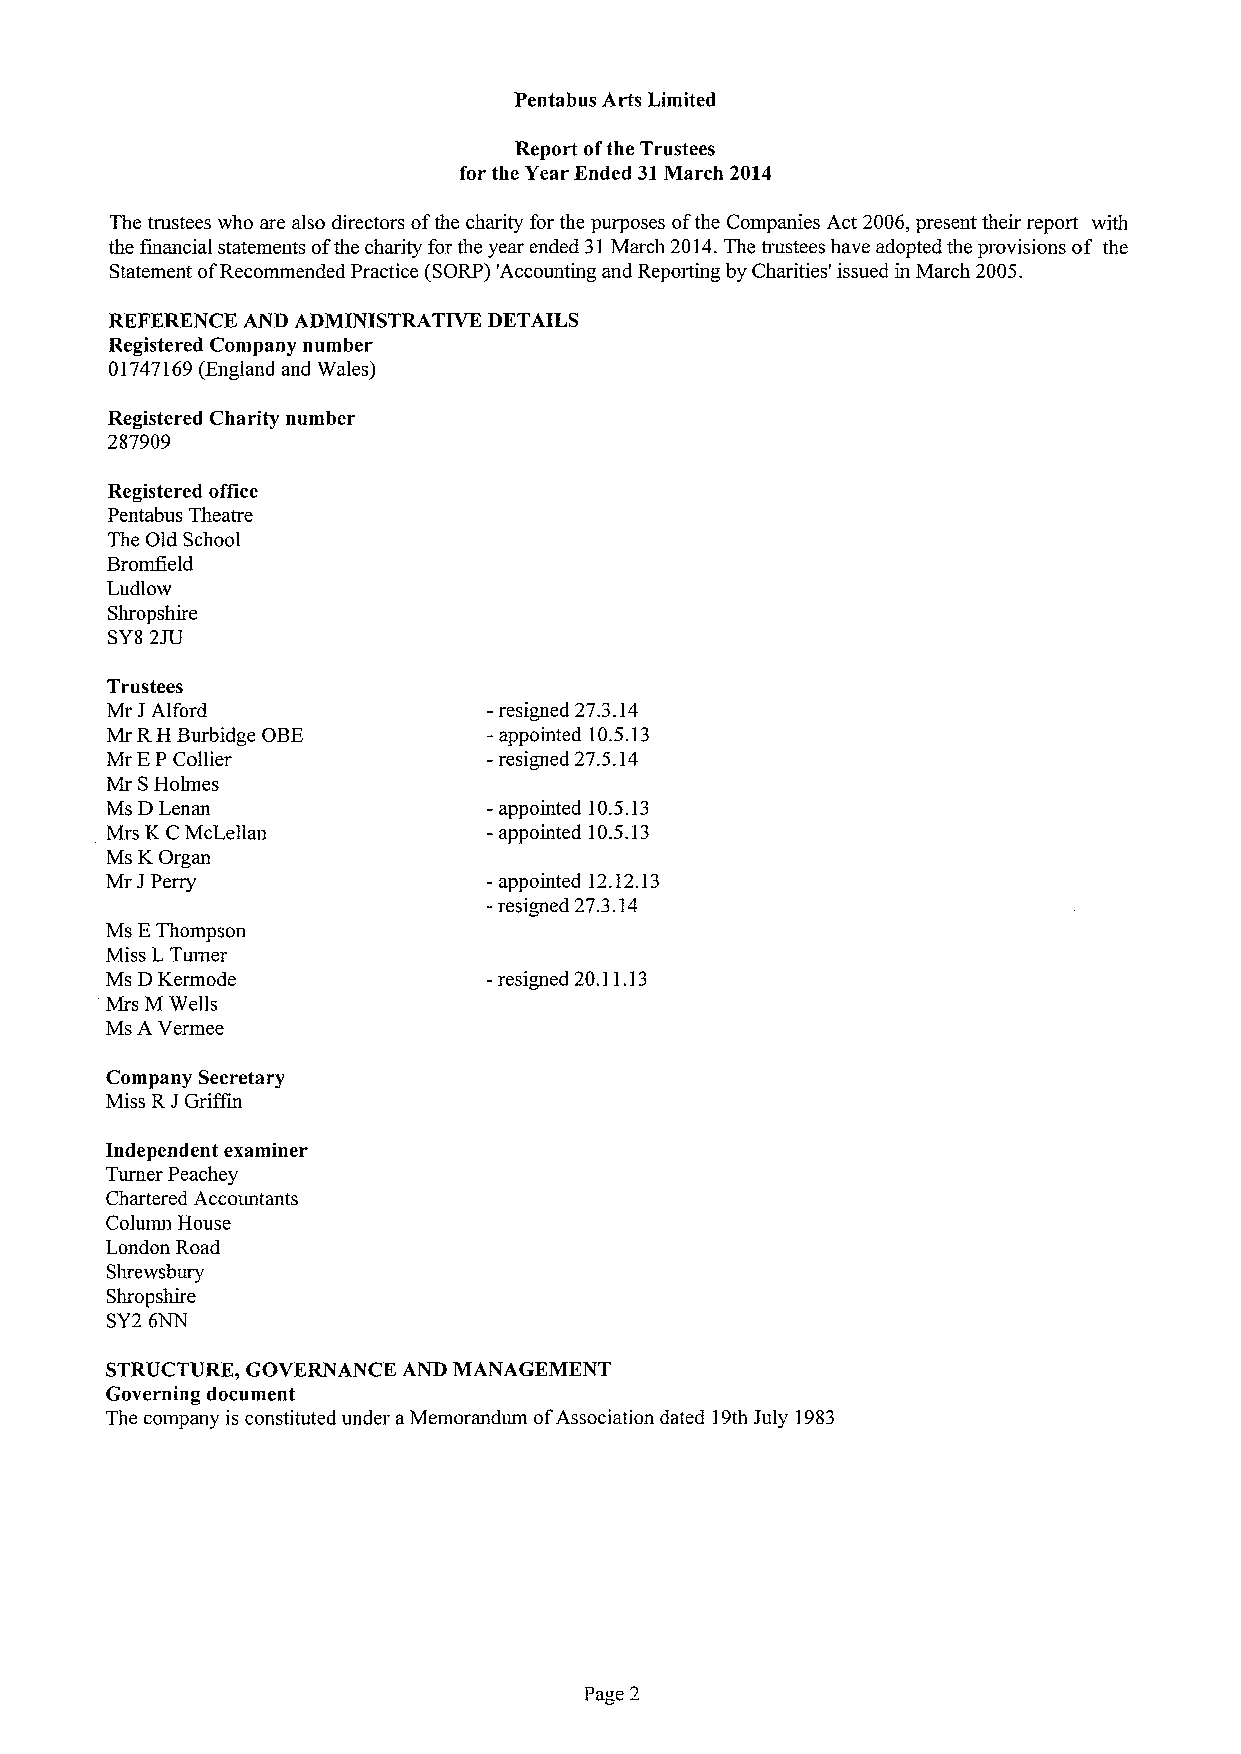
Pentabus Arts Limited
 Report ofthe Trustees
 for the Year Ended 31March 2014
 The trustees who are also directors ofthe charity for the purposes ofthe Companies Act 2006,present their report with
 the financial statements ofthe charity for the year ended 31March 2014.The trustees have adopted the provisions of the
 Statement ofRecommended Practice (SORP) 'Accounting and Reporting by Charities' issued in March 2005.
 REFERENCE AND ADMINISTRATIVE DETAILS
 Registered Company number
 01747169(England and Wales)
 Registered Charity number
 287909
 Registered office
 Pentabus Theatre
 The Old School
 Bromfield
 Ludlow
 Shropshire
 SY82JU
 Trustees
 Mr JAlford               - resigned 27.3.14
 Mr RH Burbidge OBE       -appointed 10.5.13
 Mr EP Collier            -resigned 27.5.14
 Mr SHolmes
 Ms DLenan                - appointed 10.5.13
 Mrs KCMcLellan           - appointed 10.5.13
 Ms KOrgan
 Mr JPerry                - appointed 12.12.13
 -resigned 27.3.14
 Ms EThompson
 Miss L Turner
 Ms DKermode              -resigned 20.11.13
 Mrs M Wells
 Ms A Vermee
 Company Secretary
 Miss RJGriAm
 Independent examiner
 Turner Peachey
 Chartered Accountants
 Column House
 London Road
 Shrewsbury
 Shropshire
 SY2 6NN
 STRUCTURE, GOVERNANCE AND MANAGEMENT
 Governing document
 The company is constituted under aMemorandum ofAssociation dated 19th July 1983
 Page 2